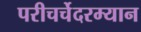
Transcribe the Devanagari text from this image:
परीचर्चेदरम्यान